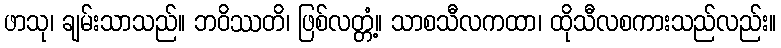
ဖာသု၊ ချမ်းသာသည်။ ဘဝိဿတိ၊ ဖြစ်လတ္တံ့။ သာစသီလကထာ၊ ထိုသီလစကားသည်လည်း။